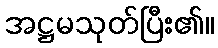
အဋ္ဌမသုတ်ပြီး၏။